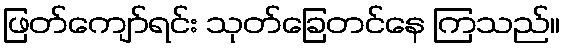
ဖြတ်ကျော်ရင်း သုတ်ခြေတင်နေ ကြသည်။